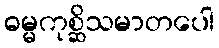
ဓမ္မကုစ္ဆိသမာတပေါ